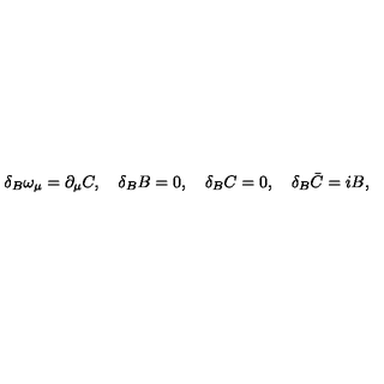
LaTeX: \delta _ { B } \omega _ { \mu } = \partial _ { \mu } C , \quad \delta _ { B } B = 0 , \quad \delta _ { B } C = 0 , \quad \delta _ { B } \bar { C } = i B ,